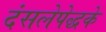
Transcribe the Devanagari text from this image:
दंसलेपेद्धके